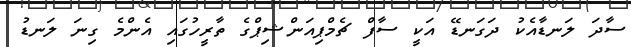
ސާދަ ލަނޑާއެކު ދަގަނޑޭ އަކީ ސާފް ޗެމްޕިއަންޝިޕްގެ ތާރީހުގައި އެންމެ ގިނަ ލަނޑު